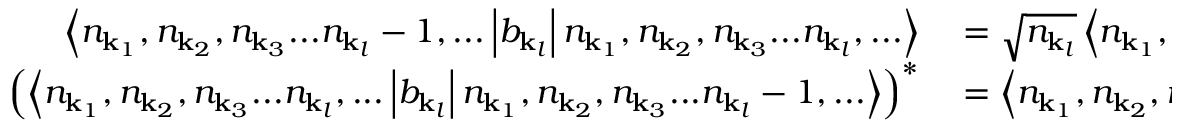
\begin{array} { r l } { \left\langle n _ { \mathbf { k } _ { 1 } } , n _ { \mathbf { k } _ { 2 } } , n _ { \mathbf { k } _ { 3 } } . . . n _ { \mathbf { k } _ { l } } - 1 , . . . \left| b _ { \mathbf { k } _ { l } } \right| n _ { \mathbf { k } _ { 1 } } , n _ { \mathbf { k } _ { 2 } } , n _ { \mathbf { k } _ { 3 } } . . . n _ { \mathbf { k } _ { l } } , . . . \right\rangle } & { { } = { \sqrt { n _ { \mathbf { k } _ { l } } } } \left\langle n _ { \mathbf { k } _ { 1 } } , n _ { \mathbf { k } _ { 2 } } , n _ { \mathbf { k } _ { 3 } } . . . n _ { \mathbf { k } _ { l } } - 1 , . . . | n _ { \mathbf { k } _ { 1 } } , n _ { \mathbf { k } _ { 2 } } , n _ { \mathbf { k } _ { 3 } } . . . n _ { \mathbf { k } _ { l } } - 1 , . . . \right\rangle } \\ { \left( \left\langle n _ { \mathbf { k } _ { 1 } } , n _ { \mathbf { k } _ { 2 } } , n _ { \mathbf { k } _ { 3 } } . . . n _ { \mathbf { k } _ { l } } , . . . \left| b _ { \mathbf { k } _ { l } } \right| n _ { \mathbf { k } _ { 1 } } , n _ { \mathbf { k } _ { 2 } } , n _ { \mathbf { k } _ { 3 } } . . . n _ { \mathbf { k } _ { l } } - 1 , . . . \right\rangle \right) ^ { * } } & { { } = \left\langle n _ { \mathbf { k } _ { 1 } } , n _ { \mathbf { k } _ { 2 } } , n _ { \mathbf { k } _ { 3 } } . . . n _ { \mathbf { k } _ { l } } - 1 . . . \left| b _ { \mathbf { k } _ { l } } ^ { \dagger } \right| n _ { \mathbf { k } _ { 1 } } , n _ { \mathbf { k } _ { 2 } } , n _ { \mathbf { k } _ { 3 } } . . . n _ { \mathbf { k } _ { l } } , . . . \right\rangle } \end{array}